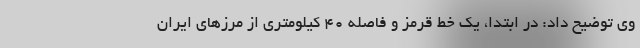
وی توضیح داد: در ابتدا، یک خط قرمز و فاصله 40 کیلومتری از مرزهای ایران